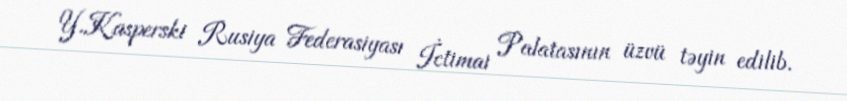
Y.Kasperski Rusiya Federasiyası İctimai Palatasının üzvü təyin edilib.